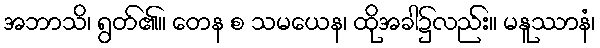
အဘာသိ၊ ရွတ်၏။ တေန စ သမယေန၊ ထိုအခါ၌လည်း။ မနူဿာနံ၊